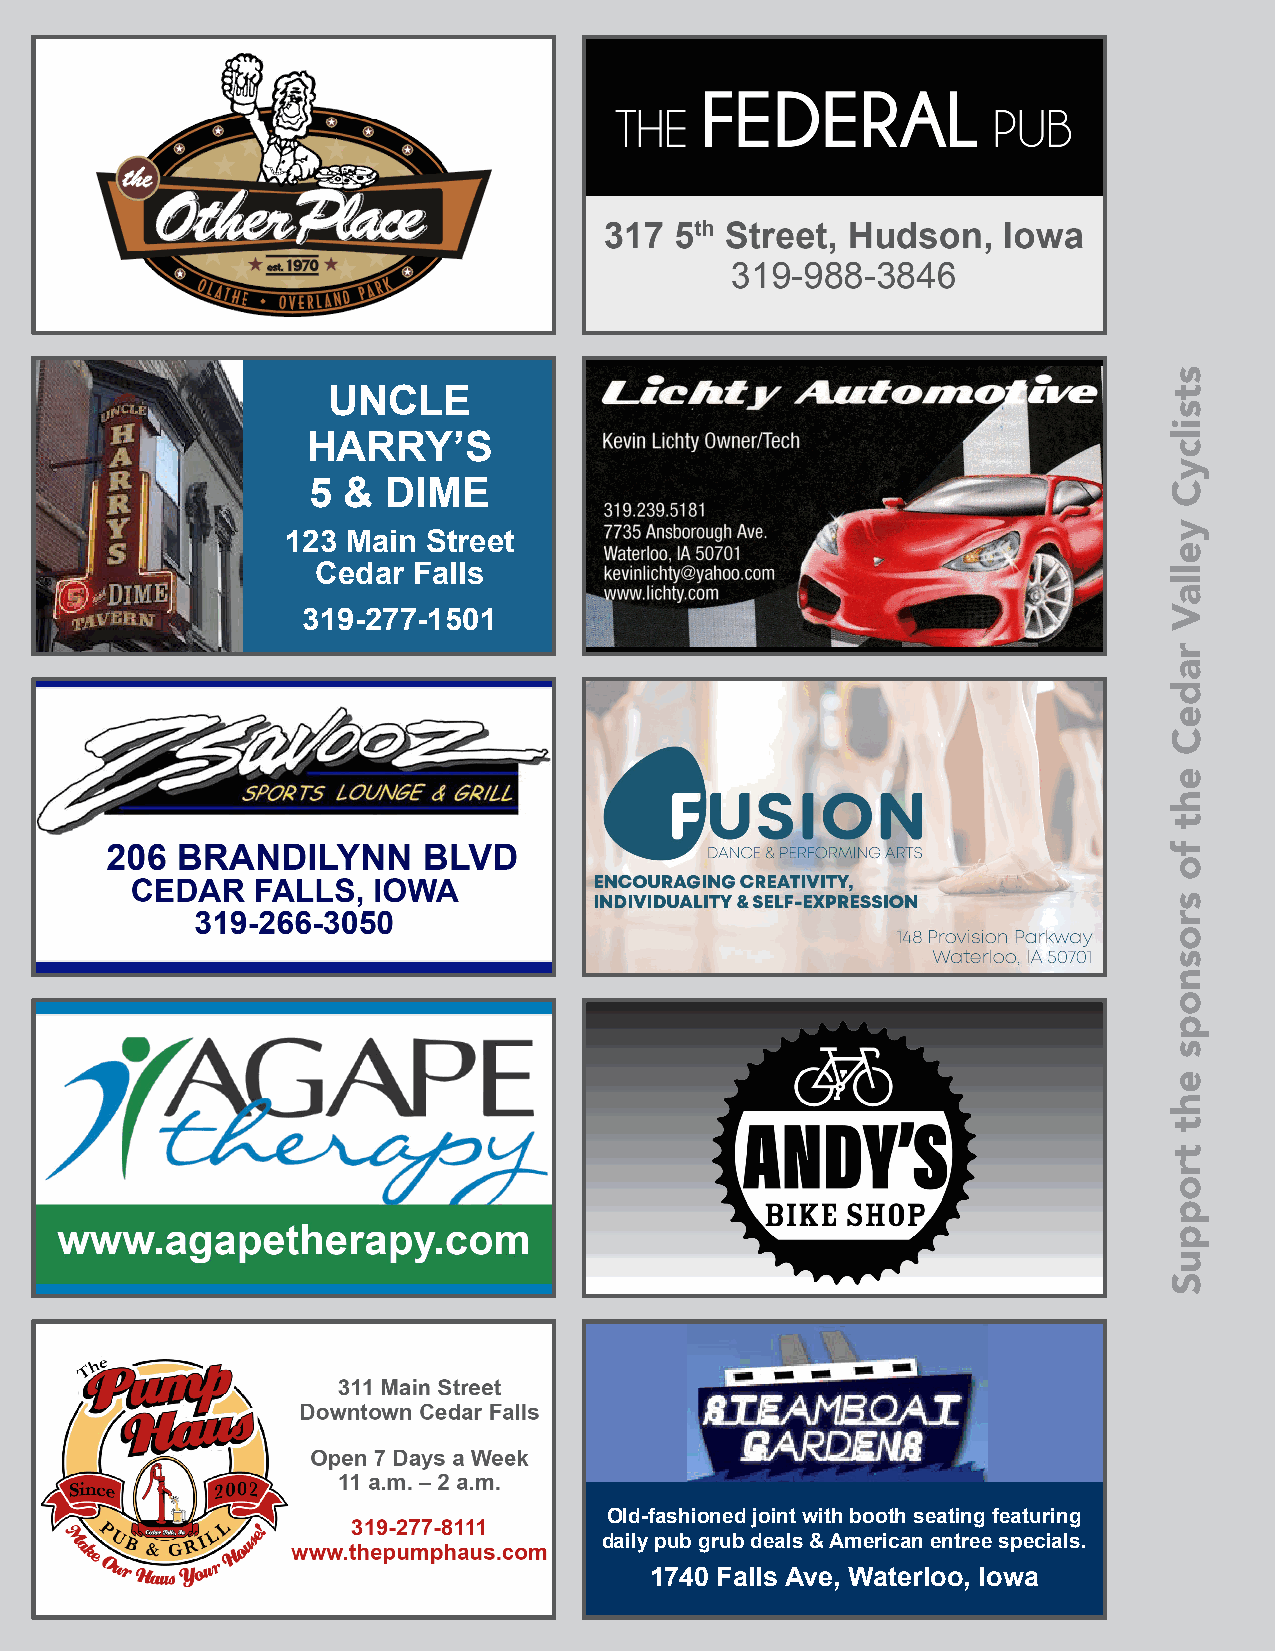
UNCLE
 HARRY’S
 5  &  DIME
 123 Main Street
 Cedar Falls
 319-277-1501
 Old-fashioned joint with booth seating featuring
 daily pub grub deals & American entree specials.
 1740 Falls Ave, Waterloo, Iowa
 stsilcyC
 yellaV
 radeC
 eht
 fo
 srosnops
 eht
 troppuS